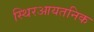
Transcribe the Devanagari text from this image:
स्थिरआयतनिक